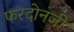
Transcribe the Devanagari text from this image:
फरदोनजी